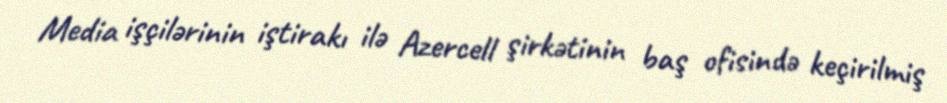
Media işçilərinin iştirakı ilə Azercell şirkətinin baş ofisində keçirilmiş